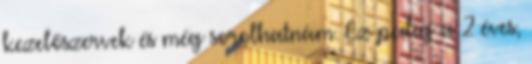
kezelőszervek és még sorolhatnám. Ez pedig a 2 éves,